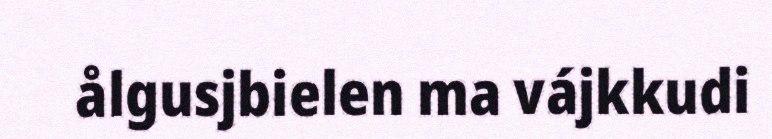
ålgusjbielen ma vájkkudi